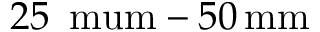
2 5 \, \mathrm { \ m u m } - 5 0 \, \mathrm { m m }